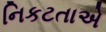
નિકટતાએ